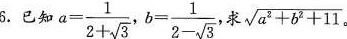
6. 已知$$a = \frac { 1 } { 2 + \sqrt { 3 }